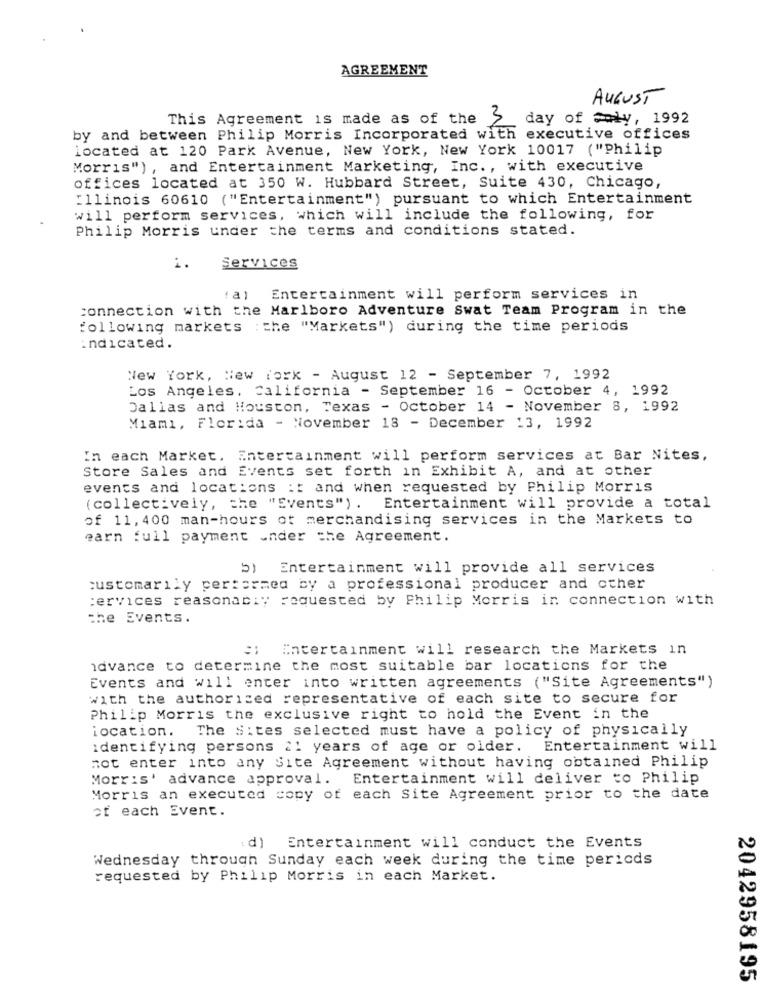
AGREEMENT
AUGUST
This Agreement is made as of the S day of Somly, 1992
by and between Philip Morris Incorporated with executive offices
located at 120 Park Avenue, New York, New York 10017 ("Philip
Morris") , and Entertainment Marketing, Inc ., with executive
offices located at 350 W. Hubbard Street, Suite 430, Chicago,
Illinois 60610 ("Entertainment") pursuant to which Entertainment
will perform services, which will include the following, for
Philip Morris under the terms and conditions stated.
Services
i.
Entertainment will perform services in
connection with the Marlboro Adventure Swat Team Program in the
following markets : the "Markets") during the time periods
indicated.
New York, New York - August 12 - September 7, 1992
Los Angeles, California - September 16 - October 4, 1992
Dallas and Houston, Texas - October 14 - November 8, 1992
Miami, Florida - November 18 - December 13, 1992
In each Market. Entertainment will perform services at Bar Nites,
Store Sales and Events set forth in Exhibit A, and at other
events and locations it and when requested by Philip Morris
(collectively, the "Events") . Entertainment will provide a total
of 11, 400 man-hours ot merchandising services in the Markets to
earn full payment .nder the Agreement.
b) Entertainment will provide all services
customarily perte by a professional producer and other
:ervices reasonably requested by Philip Morris in connection with
the Events.
ci Entertainment will research the Markets in
idvance to determine the most suitable bar locations for the
Events and will enter into written agreements ("Site Agreements")
with the authorized representative of each site to secure for
Philip Morris the exclusive right to hold the Event in the
location. The Sites selected must have a policy of physically
identifying persons 21 years of age or older. Entertainment will
not enter into any Site Agreement without having obtained Philip
Morris' advance approval. Entertainment will deliver to Philip
Morris an executed copy of each Site Agreement prior to the date
of each Event.
d)
Entertainment will conduct the Events
Wednesday through Sunday each week during the time pericds
requested by Philip Morris in each Market.
2042958195